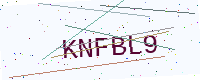
Text: KNFBL9